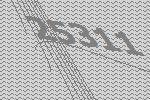
25311